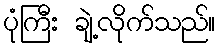
ပုံကြီး ချဲ့လိုက်သည်။